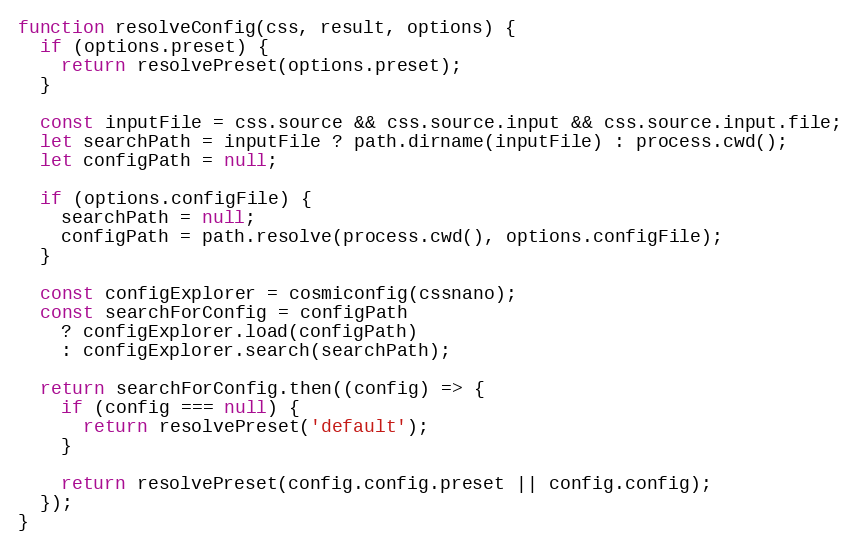
Language: JavaScript
function resolveConfig(css, result, options) {
  if (options.preset) {
    return resolvePreset(options.preset);
  }

  const inputFile = css.source && css.source.input && css.source.input.file;
  let searchPath = inputFile ? path.dirname(inputFile) : process.cwd();
  let configPath = null;

  if (options.configFile) {
    searchPath = null;
    configPath = path.resolve(process.cwd(), options.configFile);
  }

  const configExplorer = cosmiconfig(cssnano);
  const searchForConfig = configPath
    ? configExplorer.load(configPath)
    : configExplorer.search(searchPath);

  return searchForConfig.then((config) => {
    if (config === null) {
      return resolvePreset('default');
    }

    return resolvePreset(config.config.preset || config.config);
  });
}